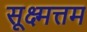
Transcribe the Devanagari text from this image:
सूक्ष्मत्तम